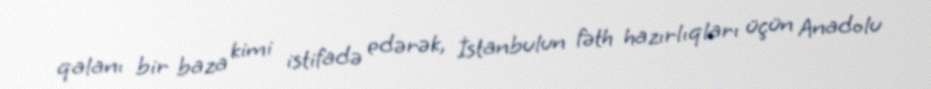
qalanı bir baza kimi istifadə edərək, İstanbulun fəth hazırlıqları üçün Anadolu